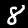
Label: 8